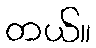
တယ်။